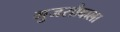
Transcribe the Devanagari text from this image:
गुजराौवाला